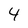
Character: 4